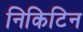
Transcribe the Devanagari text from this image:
निकिटिन